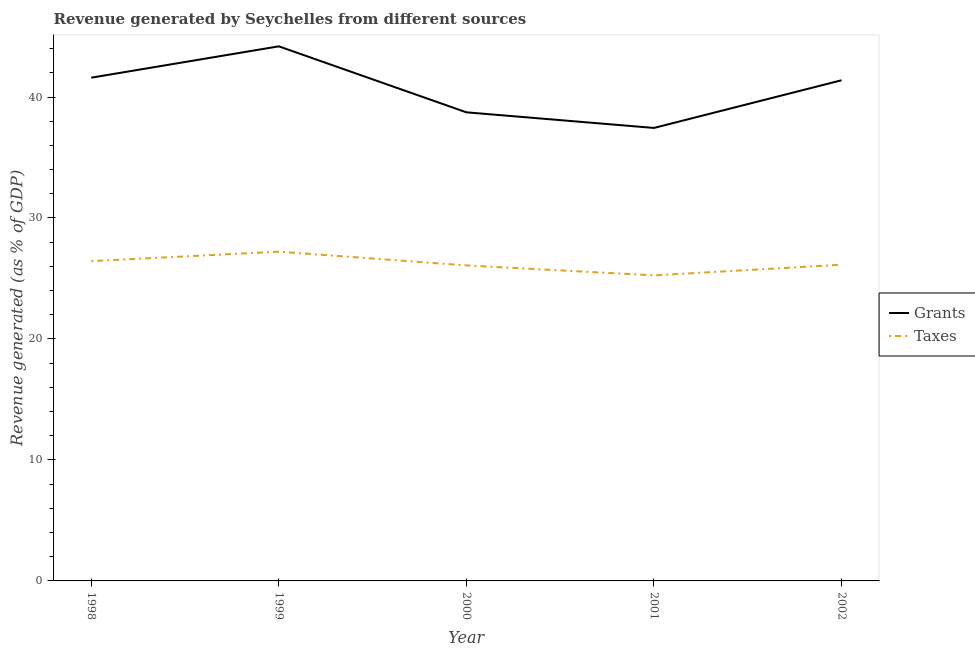
| Year | Grants | Taxes |
 | --- | --- | --- |
 | 1998 | 41.6 | 26.4 |
 | 1999 | 44.2 | 27.2 |
 | 2000 | 38.7 | 26.1 |
 | 2001 | 37.4 | 25.3 |
 | 2002 | 41.4 | 26.1 |